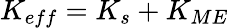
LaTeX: K_{eff}=K_{s}+K_{ME}